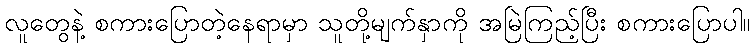
လူတွေနဲ့ စကားပြောတဲ့နေရာမှာ သူတို့မျက်နှာကို အမြဲကြည့်ပြီး စကားပြောပါ။